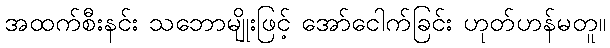
အထက်စီးနင်း သဘောမျိုးဖြင့် အော်ငေါက်ခြင်း ဟုတ်ဟန်မတူ။